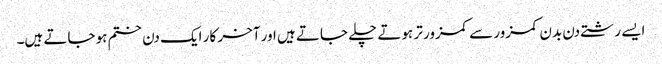
ایسے رشتے دن بدن کمزور سے کمزور تر ہوتے چلے جاتے ہیں اور آخر کار ایک دن ختم ہو جاتے ہیں۔